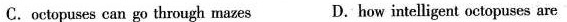
B.An octopus is as intelligent as a dog C.octopuses can go through mazes D.how intelligent octopuses are